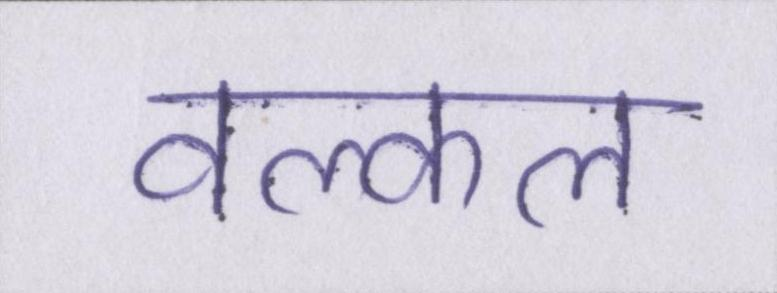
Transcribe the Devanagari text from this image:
वल्कल